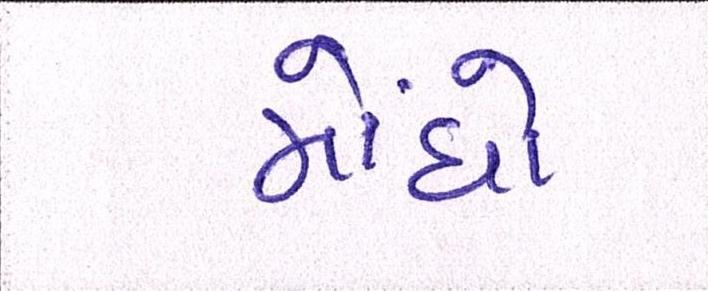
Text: મોંઘો